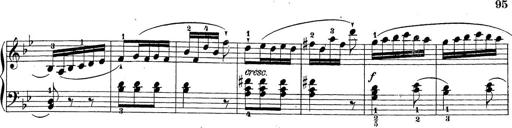
Title: Sonatina Album
Composer: Louis KÃ¶hler